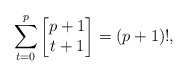
\begin{align*}\sum_{t=0}^{p} \begin{bmatrix} p+1 \\ t+1 \end{bmatrix} = (p+1)!,\end{align*}